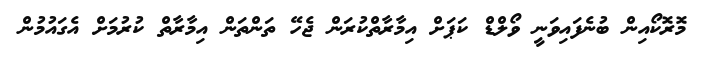
މޮރޮކޯއިން ބުނެފައިވަނީ ވޯލްޑް ކަޕަށް އިމާރާތްކުރަން ޖެހޭ ތަންތަން އިމާރާތް ކުރުމަށް އެގައުމުން